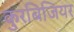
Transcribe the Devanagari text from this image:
कुरबिजियर